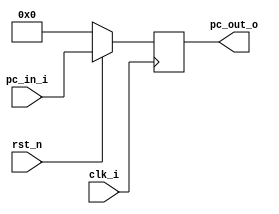
// Class: 109  
module Program_Counter( clk_i, rst_n, pc_in_i, pc_out_o );

//I/O ports
input           clk_i;
input	        rst_n;
input  [32-1:0] pc_in_i;
output [32-1:0] pc_out_o;
 
//Internal Signals
reg    [32-1:0] pc_out_o;

//Main function
always @(posedge clk_i) begin
    if(~rst_n)
	    pc_out_o <= 0;
	else
	    pc_out_o <= pc_in_i;
end

endmodule